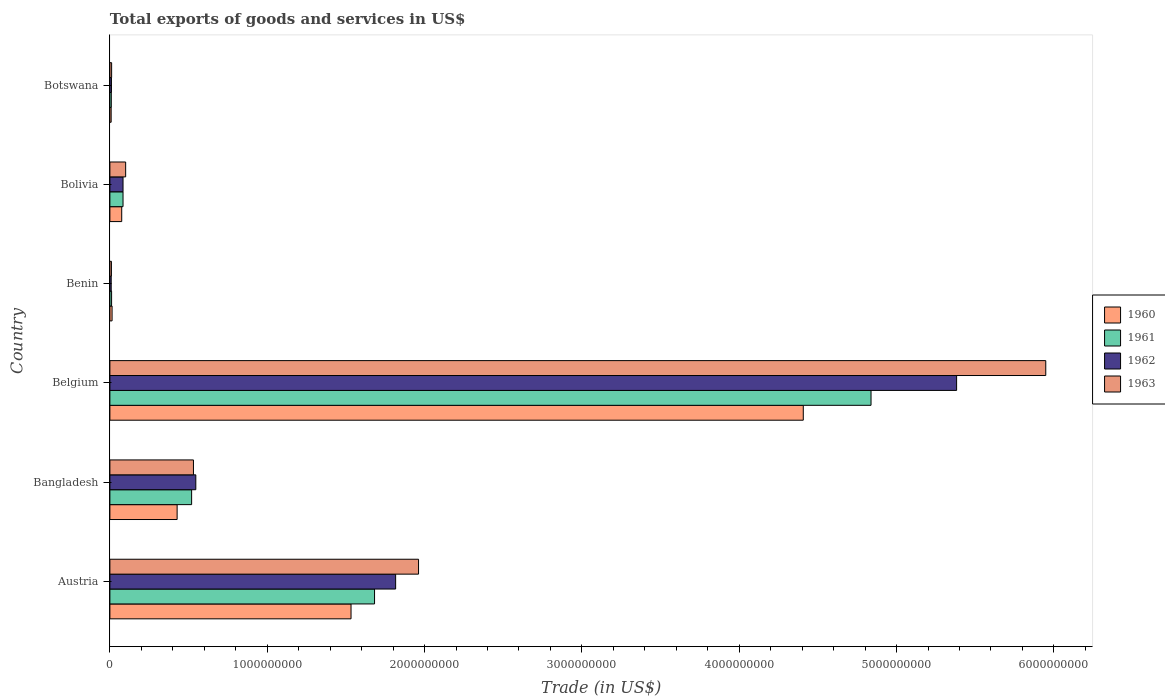
| Country | 1960 | 1961 | 1962 | 1963 |
 | --- | --- | --- | --- | --- |
 | Austria | 1.53e+09 | 1.68e+09 | 1.82e+09 | 1.96e+09 |
 | Bangladesh | 4.27e+08 | 5.19e+08 | 5.46e+08 | 5.31e+08 |
 | Belgium | 4.41e+09 | 4.84e+09 | 5.38e+09 | 5.95e+09 |
 | Benin | 1.39e+07 | 1.08e+07 | 8.32e+06 | 9.7e+06 |
 | Bolivia | 7.51e+07 | 8.35e+07 | 8.35e+07 | 1e+08 |
 | Botswana | 7.99e+06 | 8.95e+06 | 9.95e+06 | 1.1e+07 |